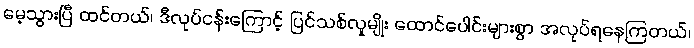
မေ့သွားပြီ ထင်တယ်၊ ဒီလုပ်ငန်းကြောင့် ပြင်သစ်လူမျိုး ထောင်ပေါင်းများစွာ အလုပ်ရနေကြတယ်၊